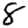
Digit: 8